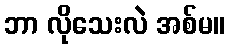
ဘာ လိုသေးလဲ အစ်မ။